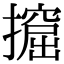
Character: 𢷈